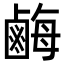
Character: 𪉥